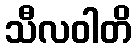
သီလဝါတိ